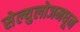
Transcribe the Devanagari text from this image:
सेल्युलोजमधून